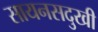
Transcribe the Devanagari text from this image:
सायनसदुखी